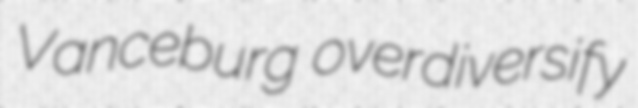
Vanceburg overdiversify